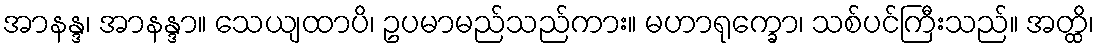
အာနန္ဒ၊ အာနန္ဒာ။ သေယျထာပိ၊ ဥပမာမည်သည်ကား။ မဟာရုက္ခော၊ သစ်ပင်ကြီးသည်။ အတ္ထိ၊